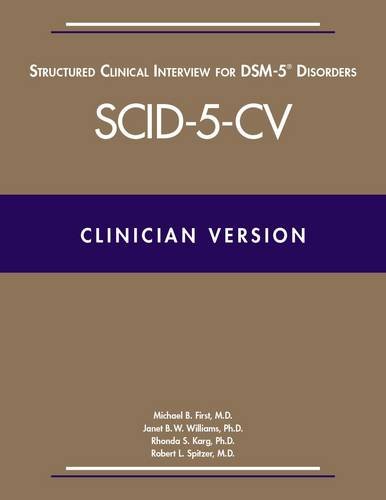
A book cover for Structured Clinical Interview for Dsm-5 Disorders -- Clinician Version (Scid-5-CV); Michael B. First; Medical Books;